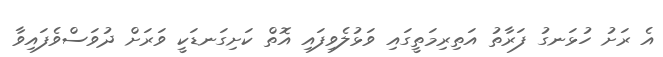
އެ ރަށު ހުޅަނގު ފަރާތު އަތިރިމަތީގައި ވަޅުލެވިފައި އޮތް ކަށިގަނޑަކީ ވަރަށް ދުވަސްވެފައިވާ